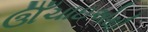
ઊઁચાઇએથી